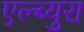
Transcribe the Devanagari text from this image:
एल्ब्युरा